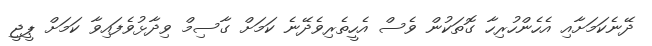
ދޭނެކަމަށާއި އެހެންހުރިހާ ގޮތަކުން ވެސް އެހީތެރިވެދޭނެ ކަމަށް ގާސިމް ވިދާޅުވެފައިވާ ކަމަށް ޕީޖީ